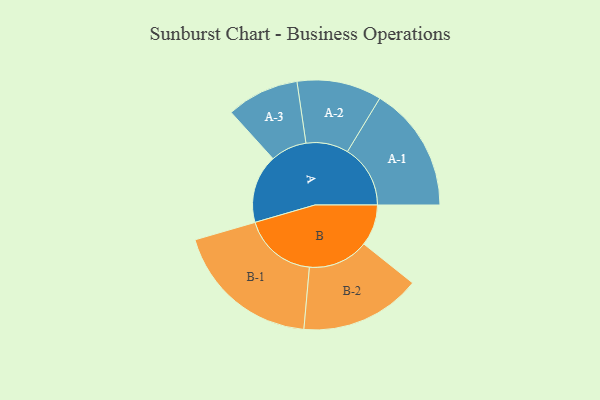
{"axis": {"x": "Segment", "y": "Value"}, "legend": ["", "A", "B"], "data": [{"x": "A", "y": 257, "type": ""}, {"x": "B", "y": 155, "type": ""}, {"x": "A-1", "y": 236, "type": "A"}, {"x": "A-2", "y": 159, "type": "A"}, {"x": "A-3", "y": 136, "type": "A"}, {"x": "B-1", "y": 276, "type": "B"}, {"x": "B-2", "y": 227, "type": "B"}]}